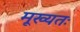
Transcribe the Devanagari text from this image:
मूख्यतः